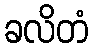
ခလိတံ